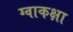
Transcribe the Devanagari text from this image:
ग्वाकक्षा